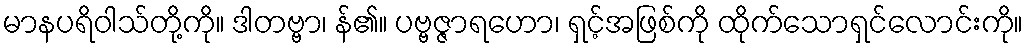
မာနပရိဝါသ်တို့ကို။ ဒါတဗ္ဗာ၊ န်၏။ ပဗ္ဗဇ္ဇာရဟော၊ ရှင့်အဖြစ်ကို ထိုက်သောရှင်လောင်းကို။